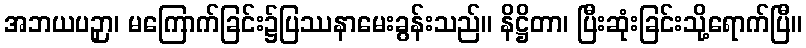
အဘယပဉှာ၊ မကြောက်ခြင်း၌ပြဿနာမေးခွန်းသည်။ နိဋ္ဌိတာ၊ ပြီးဆုံးခြင်းသို့ရောက်ပြီ။